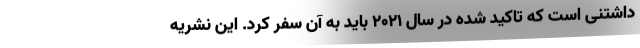
داشتنی است که تاکید شده در سال ۲۰۲۱ باید به آن سفر کرد. این نشریه